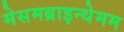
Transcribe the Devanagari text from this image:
मेसमब्राइन्थेमम